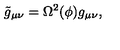
\tilde { g } _ { \mu \nu } = \Omega ^ { 2 } ( \phi ) g _ { \mu \nu } ,